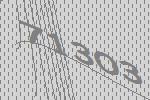
71303